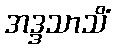
အဒ္ဒသာသိံ